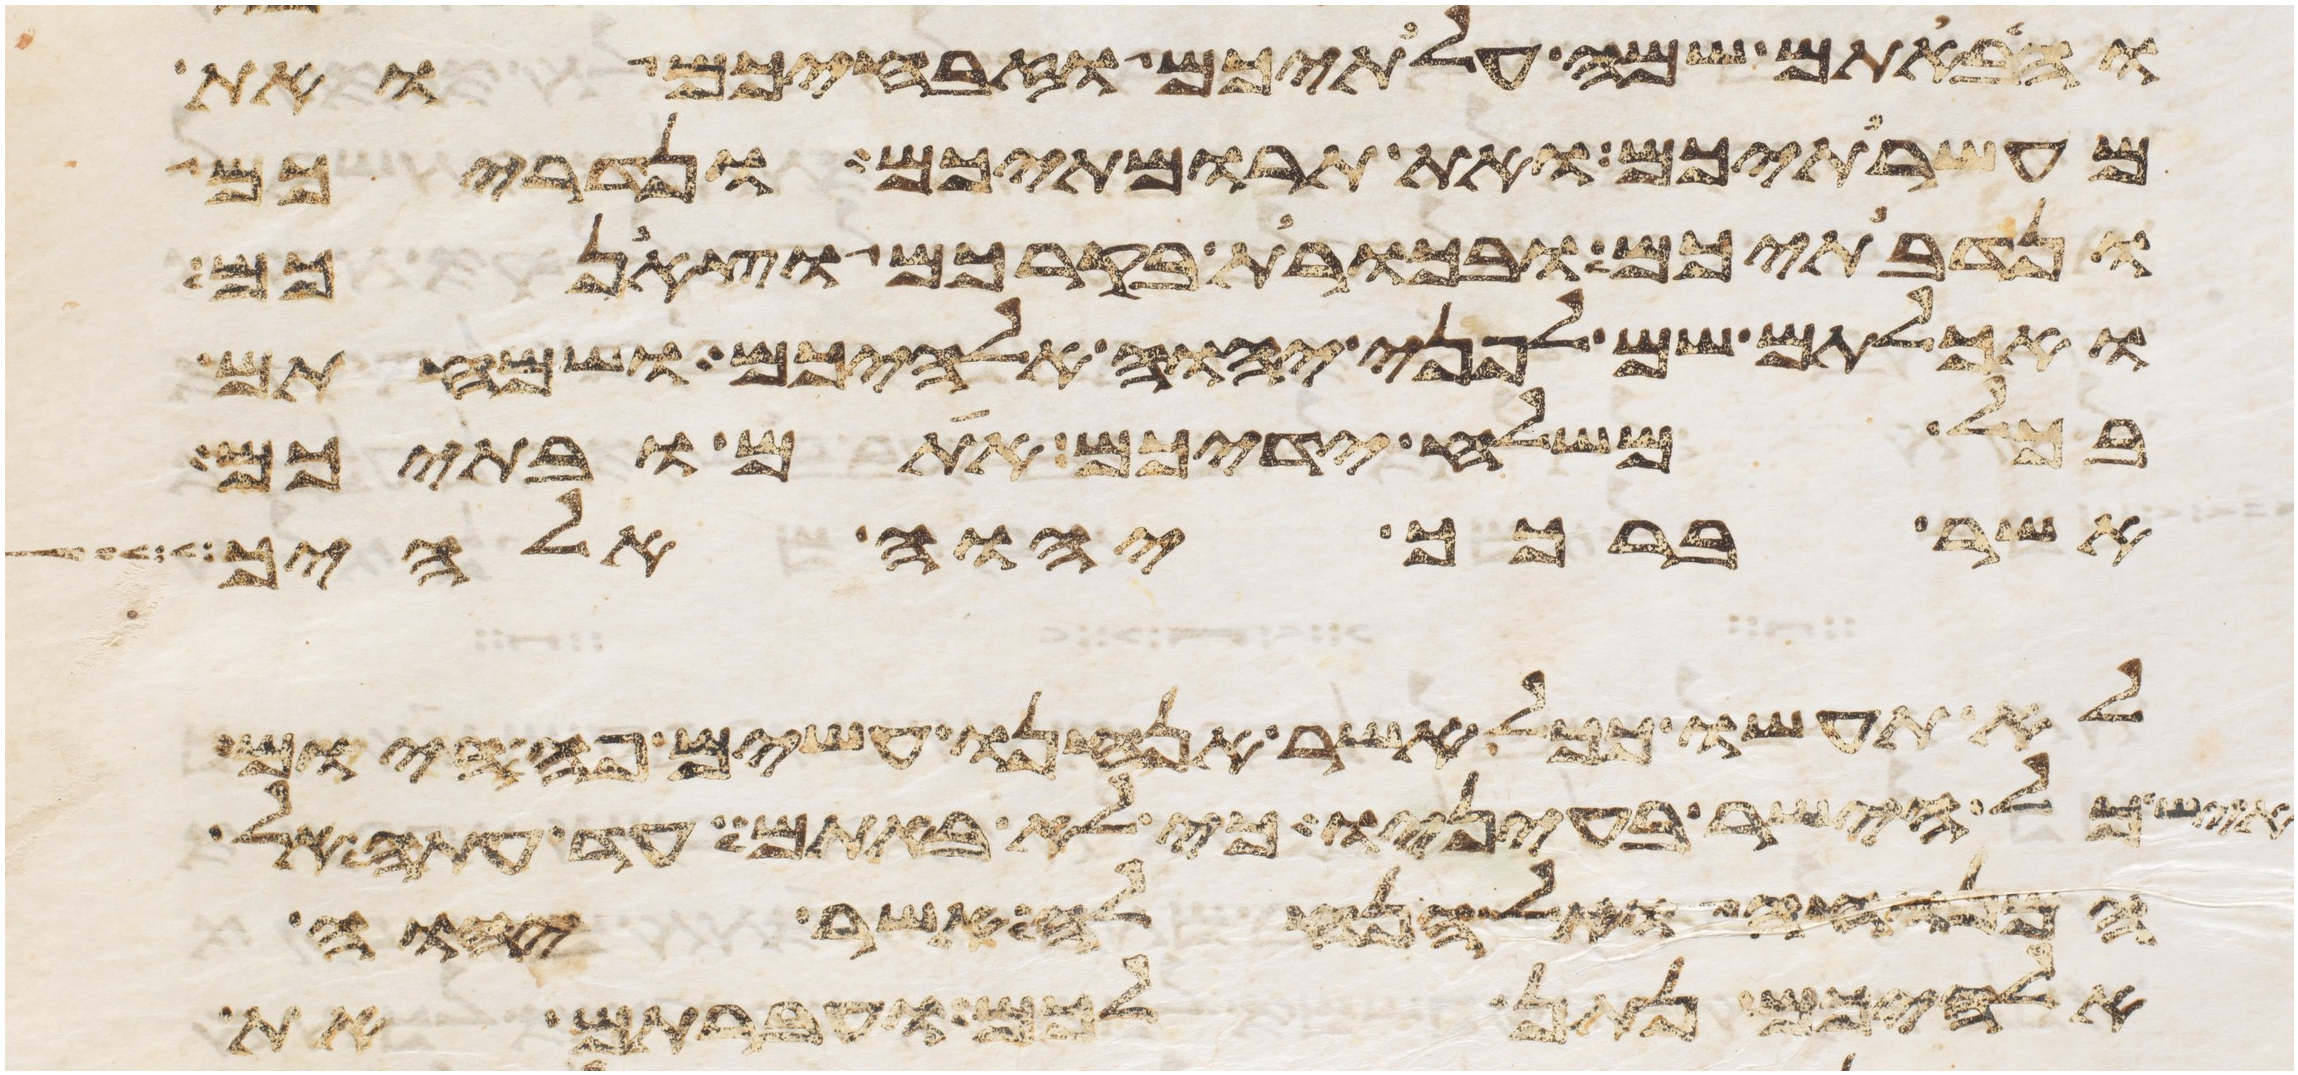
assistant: והבאתם שמה עלתיכם וזבחיכם ואת
מעשרתיכם ואת תרומתיכם ונדריכם
ונדבתיכם ובכורת בקרכם וצאנכם
ואכלתם שם לפני יהוה אלהיכם ושמחתם
בכל משלח ידיכם אתם ובתיכם
אשר ברכך יהוה אלהיך
לא תעשו ככל אשר אנחנו עשים פה היום
איש כל הישר בעיניו כי לא באתם עד עתה אל
המנוחה ואל הנחלה אשר יהוה
אלהיכם נתן לכם ועברתם את